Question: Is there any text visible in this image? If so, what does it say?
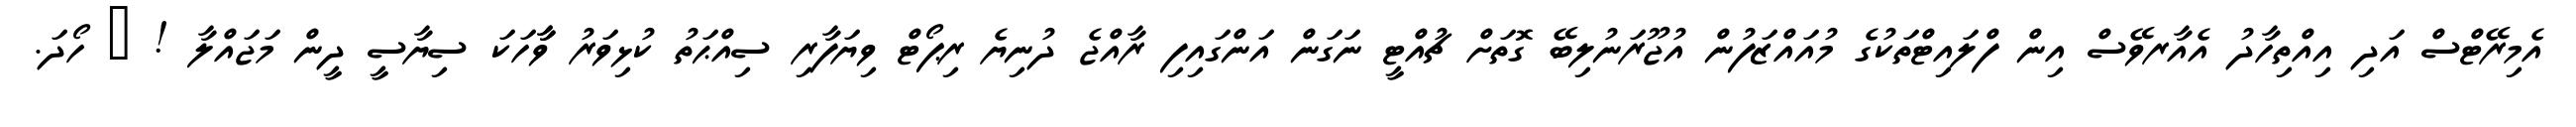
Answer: އެމިރޭޓްސް އަދި އިއްތިހާދު އެއާރވޭސް އިން ފްލައިޓްތަކުގެ މުއައްޒަފުން އުޖޫރަނުލިބޭ ގޮތަށް ޗުއްޓީ ނަގަން އަންގައިފި ރާއްޖެ ދުނިޔެ ރިޕޯޓް ވިޔަފާރި ސިއްޙަތު ކުޅިވަރު ވާާހަކަ ސިޔާސީ ދީން މަޖައްލާ ! ? ހޯދަ.